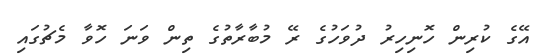
އޭގެ ކުރިން ހޮނިހިރު ދުވަހުގެ ރޭ މުބާރާތުގެ ތިން ވަނަ ހޮވާ މެޗުގައި